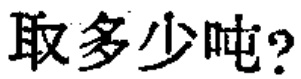
取多少吨?